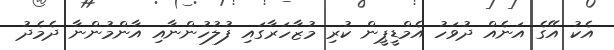
އެކު އޭގެ އަނެއް ދުވަހު އެމްޑީޕީން ކުރި މުޒާހަރާގައި ފުލުހުންނާއި އާންމުންނާ ދެމެދު